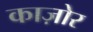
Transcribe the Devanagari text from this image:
काज़ोर